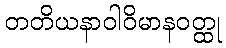
တတိယနာဝါဝိမာနဝတ္ထု